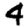
Digit: 4